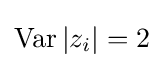
\operatorname {Var} |z_{i}|=2